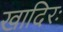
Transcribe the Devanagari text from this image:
खादिरः